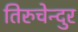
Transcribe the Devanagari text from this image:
तिरुचेन्दुर